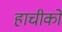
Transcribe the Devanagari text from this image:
हाचीको